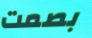
بصمت